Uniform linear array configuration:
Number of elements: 32
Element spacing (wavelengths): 0.5
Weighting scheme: exponential
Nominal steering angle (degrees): -60
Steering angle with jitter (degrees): -60.8
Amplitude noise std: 0.05
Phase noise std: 0.05

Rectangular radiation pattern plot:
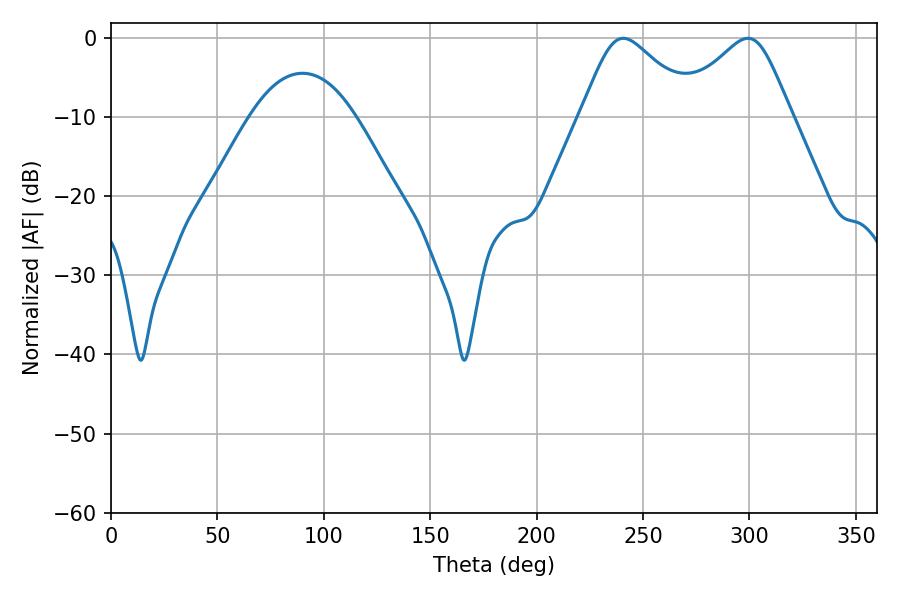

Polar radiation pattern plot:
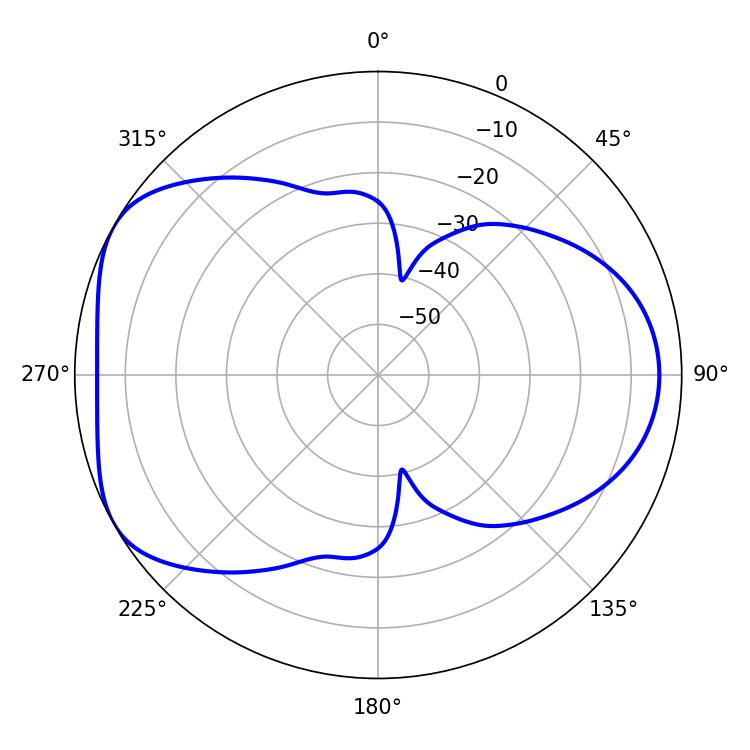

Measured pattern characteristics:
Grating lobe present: FALSE
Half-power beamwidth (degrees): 26.46
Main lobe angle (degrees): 240.66